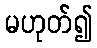
မဟုတ်၍